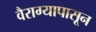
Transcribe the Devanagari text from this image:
वैराग्यापासून